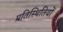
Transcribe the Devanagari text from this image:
प्रतिस्थितियों